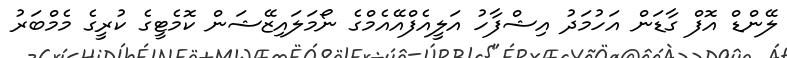
ލޭންޑް އޮފް ގާޑަން އަހުމަދު އިޝްފާހު އަލީއެފްއޭއެމްގެ ނޯމަލައިޒޭޝަން ކޮމެޓީގެ ކުރީގެ މެމްބަރު